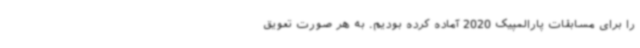
را برای مسابقات پارالمپیک 2020 آماده کرده بودیم. به هر صورت تعویق